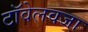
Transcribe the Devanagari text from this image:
टॉवेलवजा